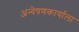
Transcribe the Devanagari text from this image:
अन्वेषणकार्याला